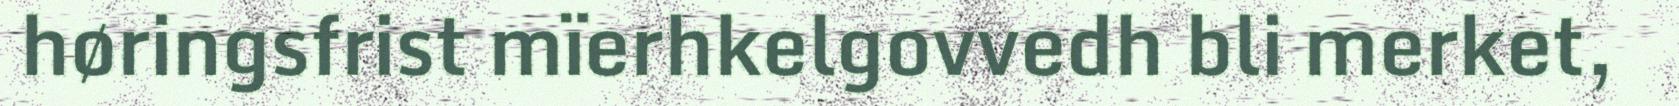
høringsfrist mïerhkelgovvedh bli merket,